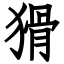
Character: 猾